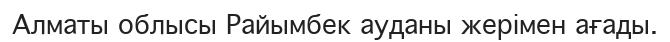
Алматы облысы Райымбек ауданы жерімен ағады.